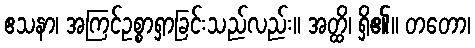
ဧသနာ၊ အကြင်ဥစ္စာရှာခြင်းသည်လည်း။ အတ္ထိ၊ ရှိ၏။ တတော၊